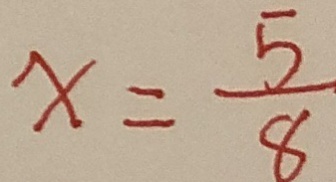
x = \frac { 5 } { 8 }